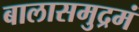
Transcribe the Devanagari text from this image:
बालासमुद्रमं